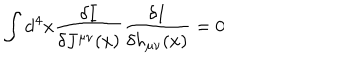
\int \mathrm { d } ^ { 4 } x \frac { \delta I } { \delta J ^ { \mu \nu } ( x ) } \frac { \delta I } { \delta h _ { \mu \nu } ( x ) } = 0